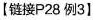
【链接P28例3】